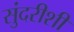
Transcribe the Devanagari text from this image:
सुंदरीशी